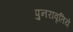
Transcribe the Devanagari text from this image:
पुनरावृतिये